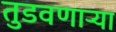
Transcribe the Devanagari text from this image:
तुडवणाऱ्या